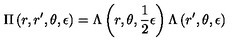
\Pi \left( r , r ^ { \prime } , \theta , \epsilon \right) = \Lambda \left( r , \theta , \frac { 1 } { 2 } \epsilon \right) \Lambda \left( r ^ { \prime } , \theta , \epsilon \right)